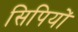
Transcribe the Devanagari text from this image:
सिपियों